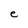
Character: e